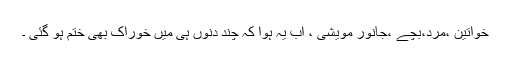
خواتین ،مرد،بچے ،جانور مویشی ، اب یہ ہوا کہ چند دنوں ہی میں خوراک بھی ختم ہو گئی ۔